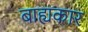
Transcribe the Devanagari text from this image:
बाह्यकार